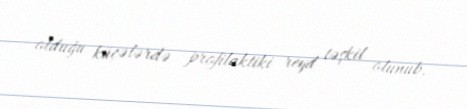
olduğu küçələrdə profilaktiki reyd təşkil olunub.